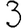
Digit: 3